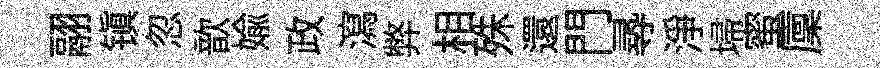
翮镇忽歆媮政瀉弊相殊還門𡬶淨埽蜜廩